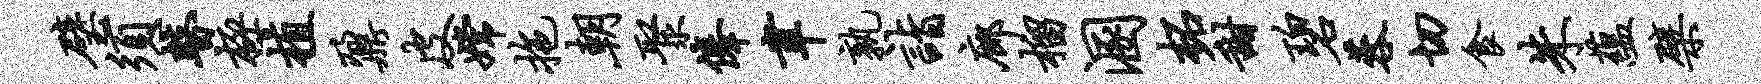
璧须瞽极植鼐皮嫦拖朝聚俸聿孰诣廊榴溷柘甜碧蓉切食朱蕴檗